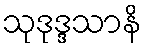
သုဒုဒ္ဒသာနိ